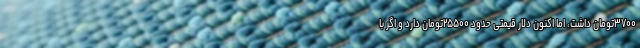
۳۷۰۰تومان داشت، اما اکنون دلار قیمتی حدود ۲۵۵۰۰تومان دارد و اگر با